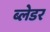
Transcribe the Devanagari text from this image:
ब्लेडर